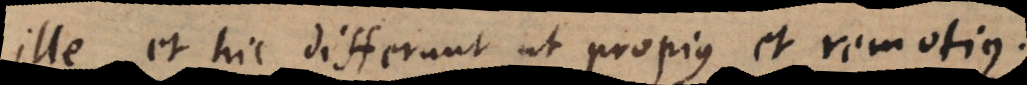
Ille et hic differunt ut propius et remotius.